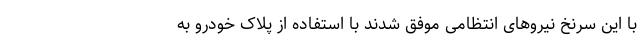
با این سرنخ نیرو‌های انتظامی موفق شدند با استفاده از پلاک خودرو به